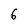
Character: 6